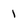
Character: 1